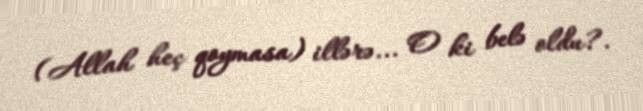
(Allah heç qoymasa) illərə... O ki belə oldu?.